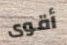
أقوى